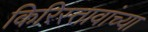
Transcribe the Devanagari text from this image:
किरिस्तावांच्या